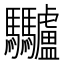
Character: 𩧥